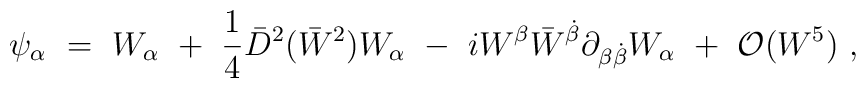
\psi_\alpha\ =\ W_\alpha \ +\ {1\over 4} \bar D^2(\bar W^2) W_\alpha\ -\ i W^\beta\bar W^{\dot\beta}\partial_{\beta\dot\beta}W_\alpha\ +\ {\cal O}(W^5)\ ,